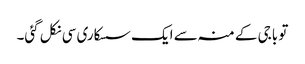
تو باجی کے منہ سے ایک سسکاری سی نکل گئی۔